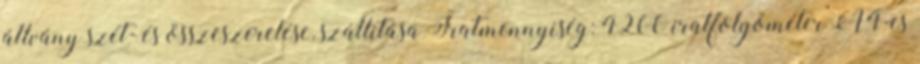
állvány szét- és összeszerelése, szállítása Iratmennyiség: 4200 iratfolyóméter A4-es